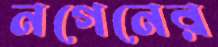
নগেনের